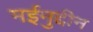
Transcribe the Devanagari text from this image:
मईनुद्दीन